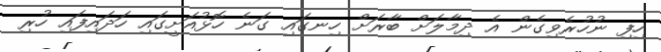
ހިފި ނުހުރެވިގެން އެ ދިމާލަށް ބާރަށް ހިނގައި ގަނެ ހޮޅުއަށީގައި ހަދައިފައި ހުރި